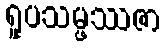
ရူပသမ္ဖဿဇာ